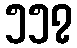
၅၅၇